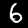
Label: 6